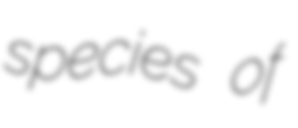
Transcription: species of